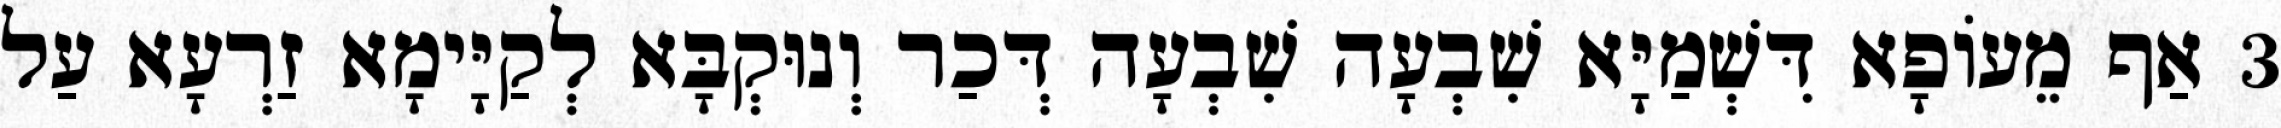
3 אַף מֵעוֹפָא דִּשְׁמַיָּא שִׁבְעָה שִׁבְעָה דְּכַר וְנוּקְבָּא לְקַיָּימָא זַרְעָא עַל